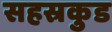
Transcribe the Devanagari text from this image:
सहस्रकुड